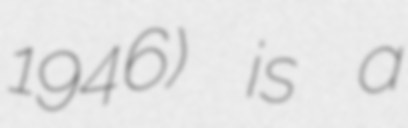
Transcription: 1946) is a